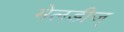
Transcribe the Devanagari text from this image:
मेलडीज्